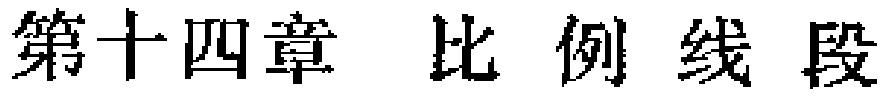
第十四章 比 例 线 段